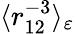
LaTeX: \langle r_{12}^{-3}\rangle_{\varepsilon}